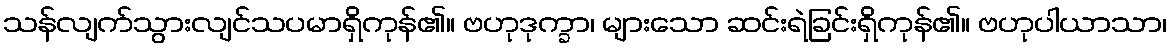
သန်လျက်သွားလျင်သပမာရှိကုန်၏။ ဗဟုဒုက္ခာ၊ များသော ဆင်းရဲခြင်းရှိကုန်၏။ ဗဟုပါယာသာ၊